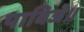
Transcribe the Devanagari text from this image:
पाविजे॥